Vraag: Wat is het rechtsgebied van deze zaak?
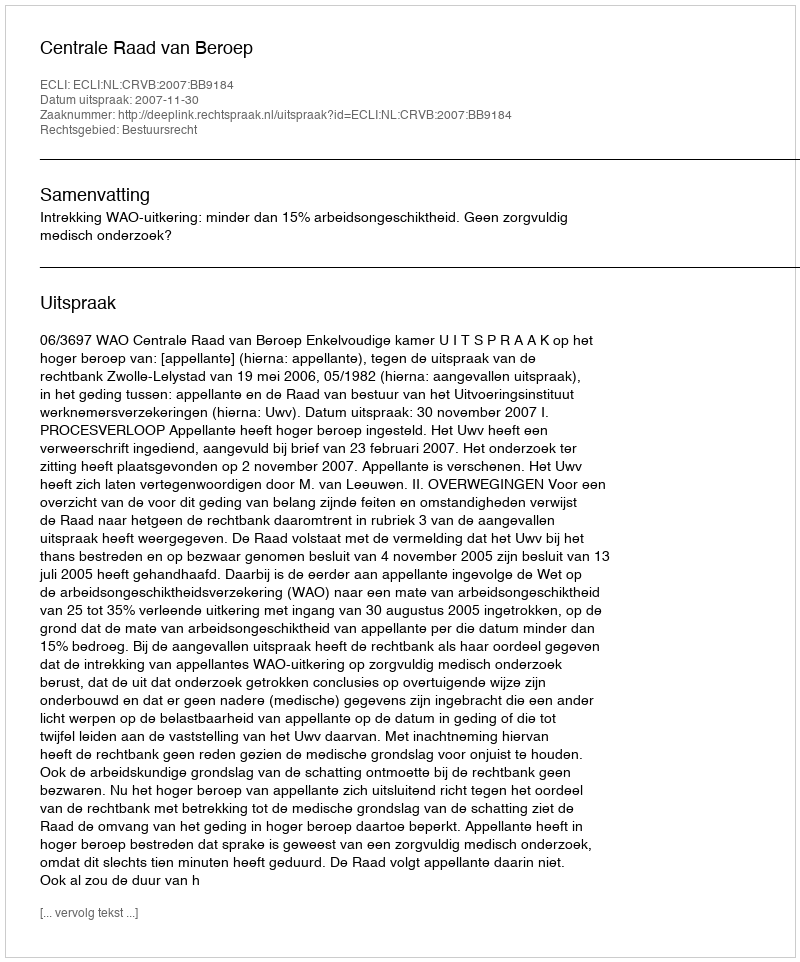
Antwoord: Bestuursrecht